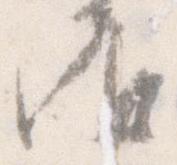
御